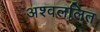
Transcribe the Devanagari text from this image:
अश्वललित